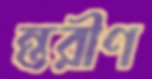
ন্তরীণ